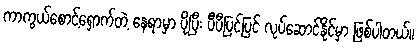
ကာကွယ်စောင့်ရှောက်တဲ့ နေရာမှာ ပိုပြီး ပီပီပြင်ပြင် လုပ်ဆောင်နိုင်မှာ ဖြစ်ပါတယ်။